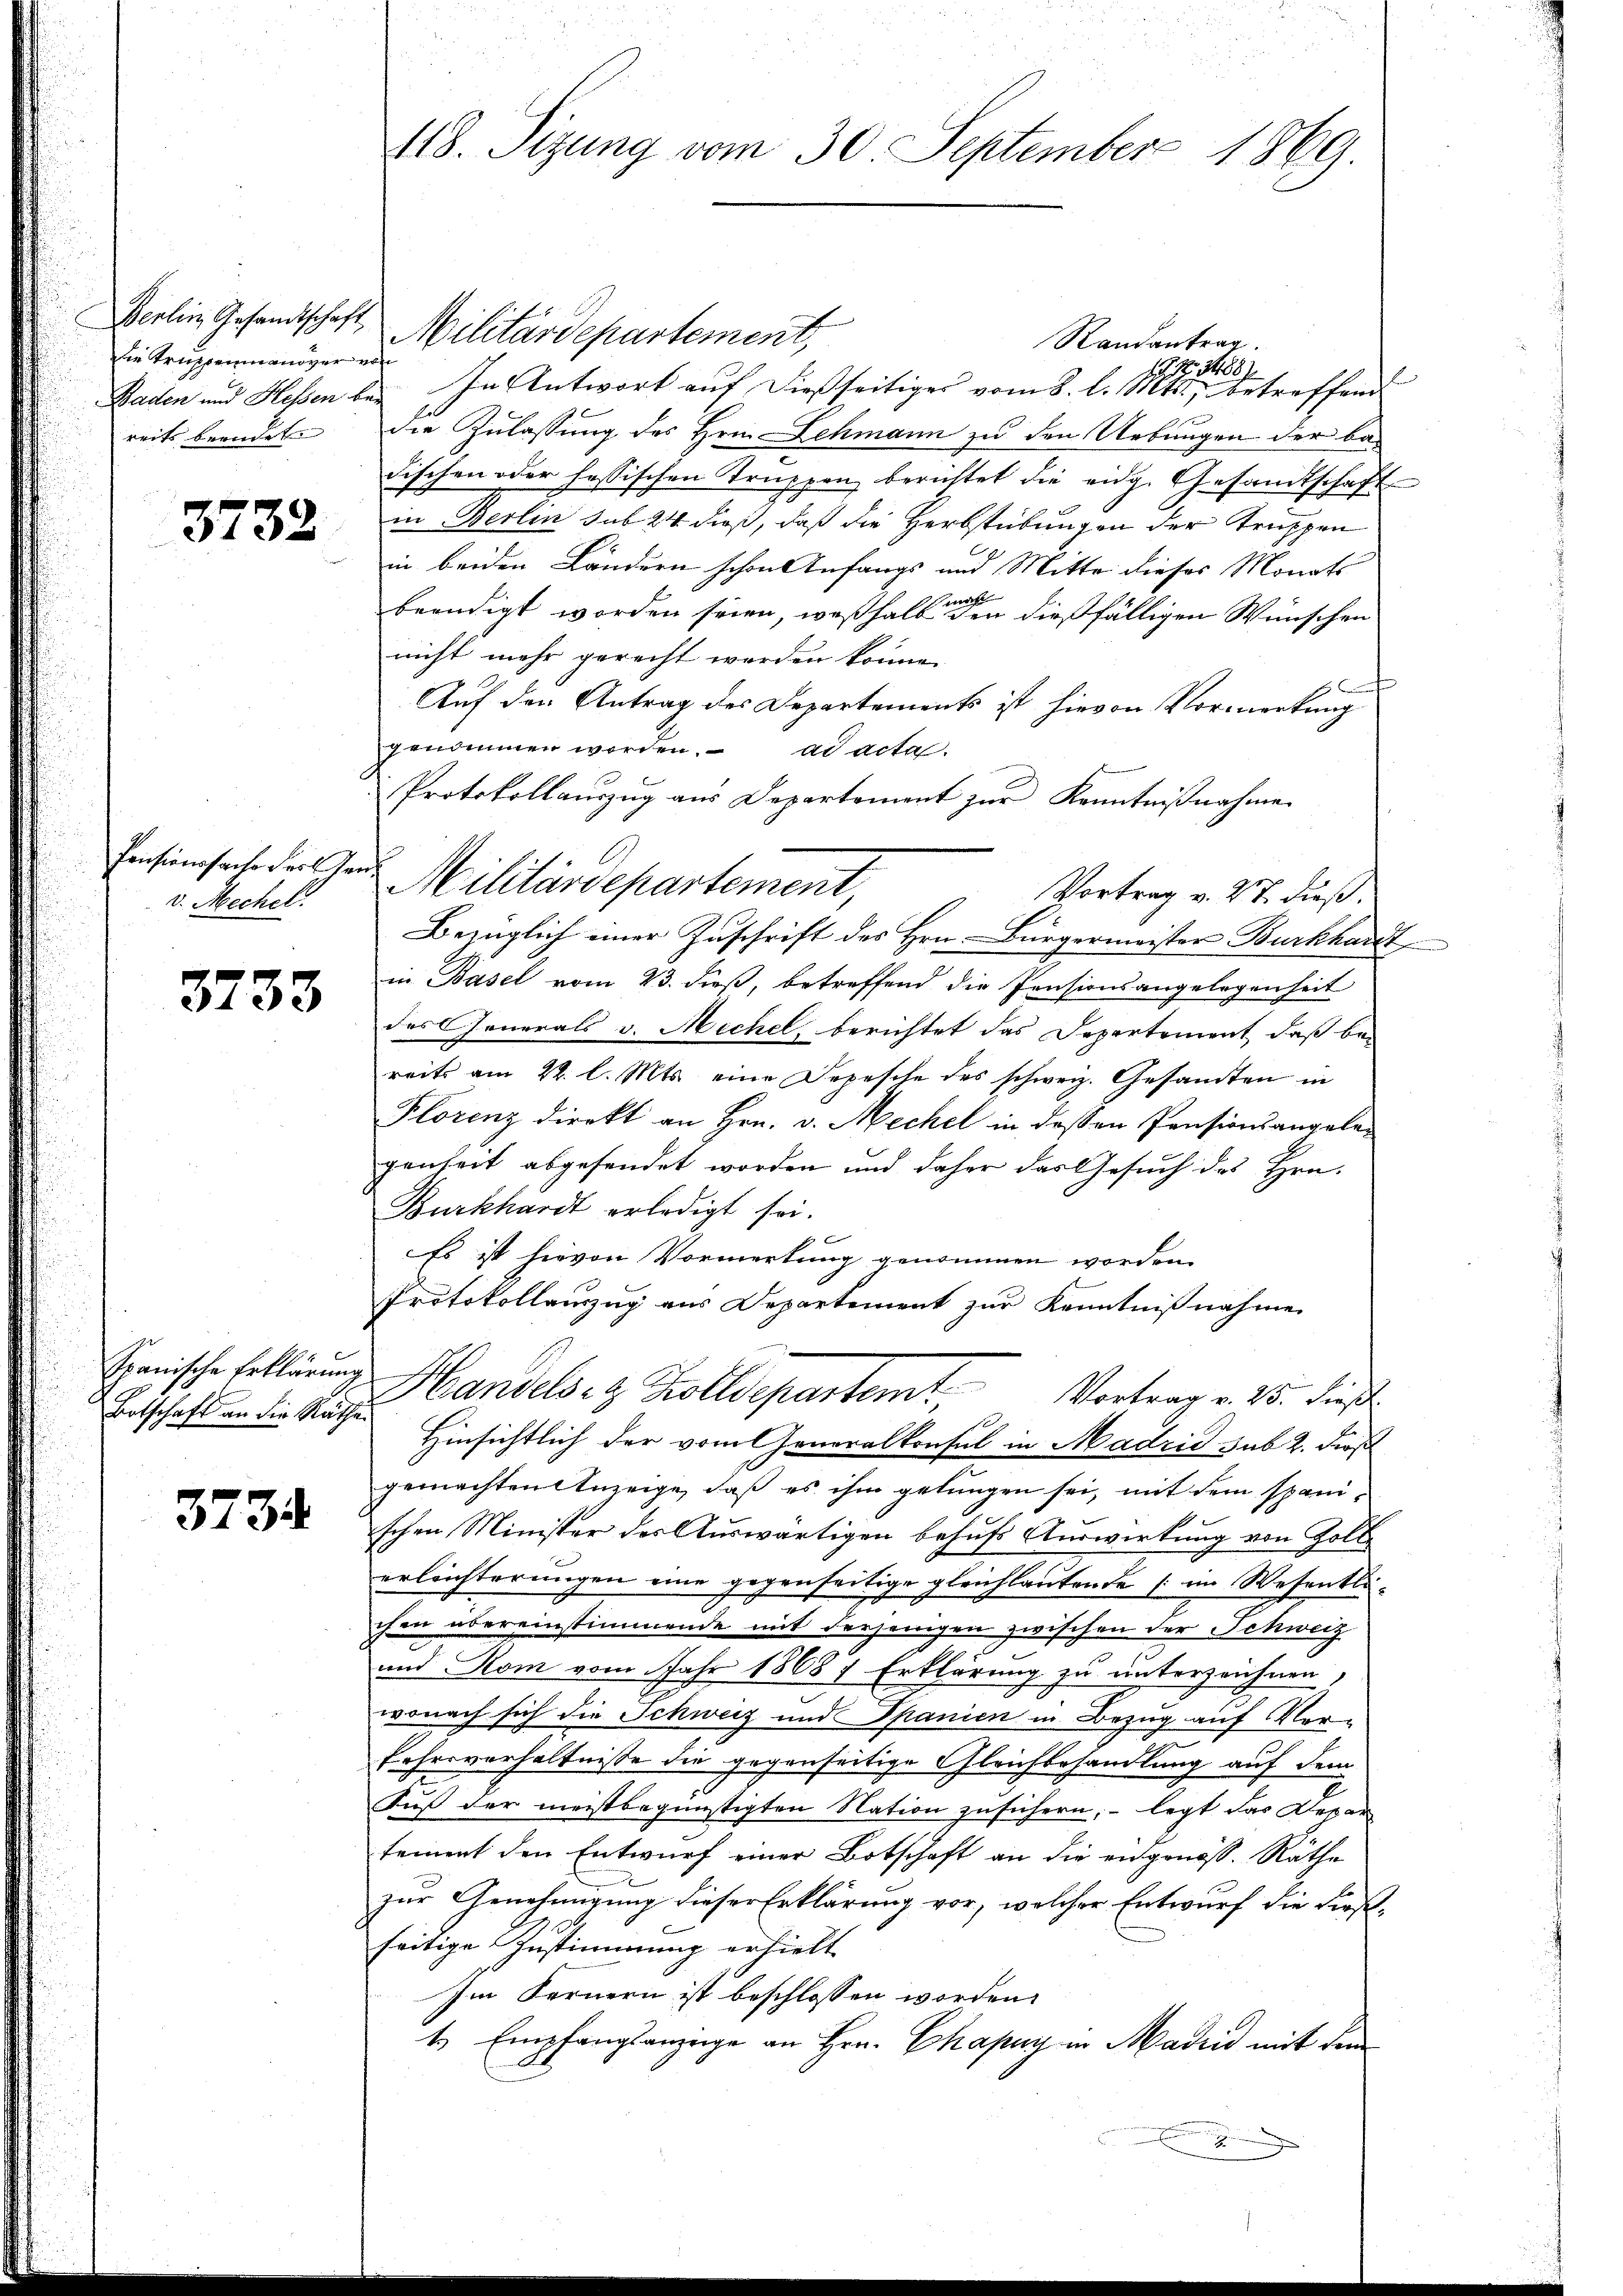
Berlin Gesandtschaft,
Die Truppenmandver von
reits beendet.

3732

v. Mechel.

3733

Botschaft an die Räthe.

3734

118. Sizung vom 30. September 1869.

Militärdepartement,
Randantrag.
No. 1887
Baden und Hessen bei In Antwort auf dießseitiges vom 8. l. Mts., betreffend
die Zulassung des Hrn. Lehmann zu den Uebungen der badischen oder hassischen Truppen berichtet die eidg. Gesandtschaft
in Berlin sub 24 dieß, daß die Herbstübungen der Truppen
in beiden Ländern schon Anfangs und Mitte dieses Monats
beendigt worden seien, weßhalb den dießfälligen Wünschen
nicht mehr gerecht werden könne.
Auf den Antrag des Departements ist hievon Vormerkung
genommen worden. ad acta.
Protokollauszug aus Departement zur Kenntnißnahme
Bezüglich einer Zuschrift des Hrn. Bürgermeister Burkhardt
in Basel vom 23. dieß, betreffend die Pensionsangelegenheit
des Generals v. Michel, berichtet das Departement, daß be-
reits am 22. l. Mts. eine Depesche des schweiz. Gesandten in
Plorenz direkt an Hrn. v. Mechel in dessen Pensionsangaben
genheit abgesendet worden und daher das Gesuch des Hrn.
Burkhardt erledigt sei.
Es ist hievon Vormerkung genommen worden.
Protokollauszug aus Departement zur Kenntnißnahme
Herische Erklärung Handels- & Zolldepartem Vortrag v. 25. dieß
Hinsichtlich der vom Generalkonsul in Madrić sub 2. dieß
gemachten Anzeige, daß es ihm gelungen sei, mit dem spanischen Minister des Auswärtigen behufs Auswirkung von Zoll
erleichterungen eine gegenseitige gleichlautende (im Wesentli-
hin übereinstimmende mit derjenigen zwischen der Schweiz
und Rom vom Jahr 1868 7 Erklärung zu unterzeichnen,
wonach sich die Schweiz und Spanien in Bezug auf Vor-
Fahrsverhältnisse die gegenseitige Gleichbehandlung auf dem
Fuß der meistbegünstigten Nation zusichern, – legt das Depar
tement den Entwurf einer Botschaft an die eidgenöss. Räthe
zur Genehmigung dieser Erklärung vor, welcher Entwurf die diesel-
seitige Zustimmung erhielt.
Im Fernern ist beschlossen worden.
t Empfanglanzüge an Hrn. Chapay in Madrid mit dem

Pensionssache der von Militärdepartement,

Vortrag v. 27. dieß.